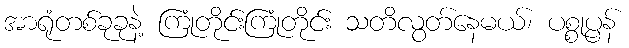
အာရုံတစ်ခုခုနဲ့ ကြုံတိုင်းကြုံတိုင်း သတိလွတ်နေမယ်၊ ပစ္စုပ္ပန်